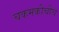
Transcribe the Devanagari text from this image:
चकमकीचीच